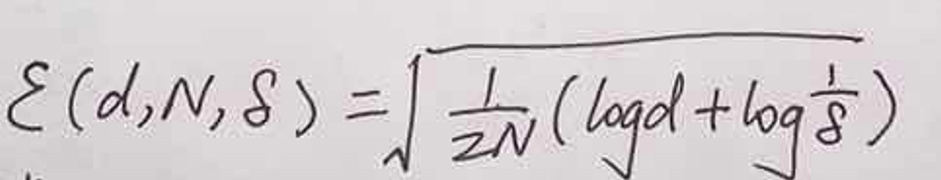
\[
\mathcal{E}(d, N, \delta)=\sqrt{\frac{1}{2N}\left(\log d+\log\frac{1}{\delta}\right)}
\]